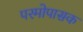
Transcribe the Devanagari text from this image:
परमोपासक